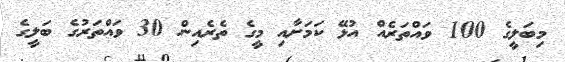
މިބަލީގެ 100 ވައްތަރެއް އުޅޭ ކަމަށާއި މީގެ ތެރެއިން 30 ވައްތަރުގެ ބަލީގެ